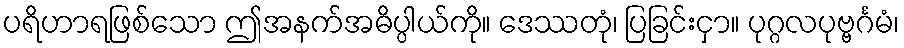
ပရိဟာရဖြစ်သော ဤအနက်အဓိပ္ပါယ်ကို။ ဒေဿတုံ၊ ပြခြင်းငှာ။ ပုဂ္ဂလပုဗ္ဗင်္ဂမံ၊